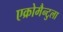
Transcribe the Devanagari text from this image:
एक्रोमैन्टुला